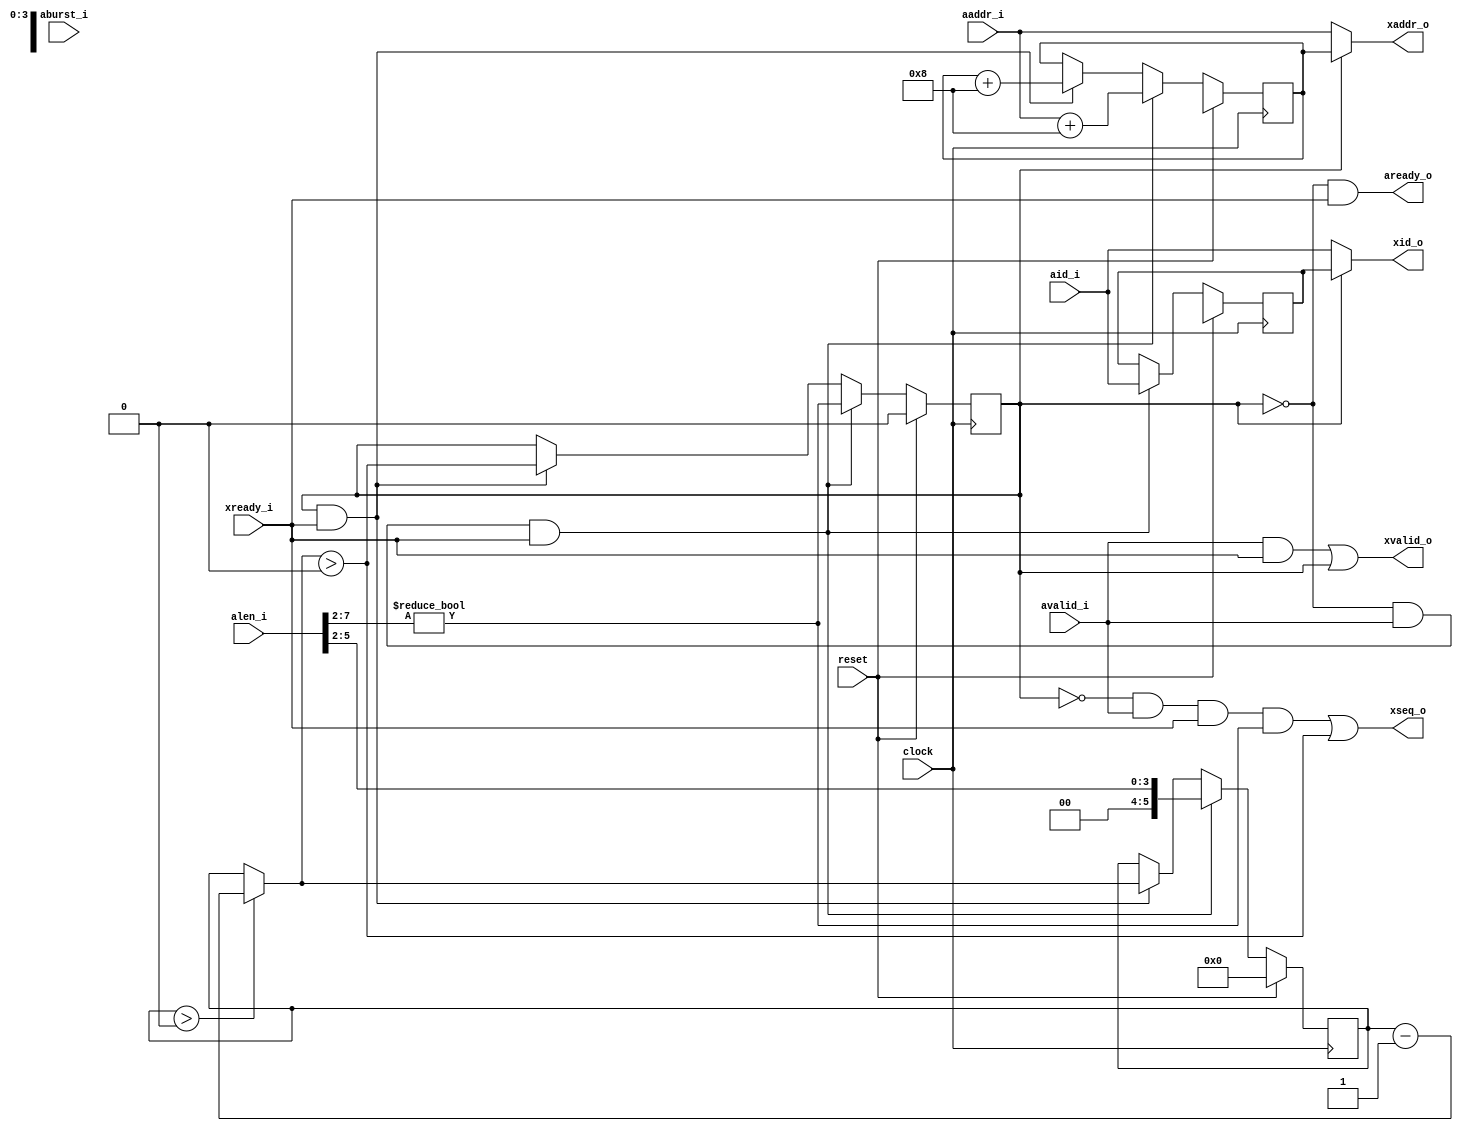
`timescale 1ns / 100ps
module axi_chunks (
    clock,
    reset,

    avalid_i,
    aready_o,
    alen_i,
    aburst_i,
    aid_i,
    aaddr_i,

    xvalid_o,
    xready_i,
    xseq_o,
    xid_o,
    xaddr_o
);

  parameter ADDRS = 32;
  parameter ASB = ADDRS - 1;

  // The ratio of AXI bus-width to the bus-width of the chunks determines the
  // amount to increment the address, for each chunk.
  parameter AXI_WIDTH = 32;
  parameter OUT_WIDTH = 16;

  parameter CHUNK = 2;
  localparam CSB = 7 - CHUNK;
  localparam CHUNK_SIZE = 1 << (2 + $clog2(AXI_WIDTH) - $clog2(OUT_WIDTH));

  parameter REQID = 4;
  localparam ISB = REQID - 1;


  input clock;
  input reset;

  input avalid_i;
  output aready_o;
  input [7:0] alen_i;
  input [1:0] aburst_i;
  input [ISB:0] aid_i;
  input [ASB:0] aaddr_i;

  output xvalid_o;
  input xready_i;
  output xseq_o;
  output [ISB:0] xid_o;
  output [ASB:0] xaddr_o;


  reg busy_q;
  reg [ISB:0] trid_q;
  reg [ASB:0] addr_q;
  wire busy_w, wseq_w;
  wire [ISB:0] trid_w;
  wire [ASB:0] addr_w;

  wire [CSB:0] cnext;
  reg  [CSB:0] count;


  assign aready_o = !busy_q && xready_i;

  assign xvalid_o = busy_w;
  assign xseq_o = wseq_w;
  assign xid_o = trid_w;
  assign xaddr_o = addr_w;

  assign busy_w = avalid_i & xready_i | busy_q;
  assign trid_w = busy_q ? trid_q : aid_i;
  assign addr_w = busy_q ? addr_q : aaddr_i;

  assign wseq_w = (~busy_q & avalid_i & xready_i & alen_i[7:CHUNK] != 0) | cnext > 0;
  assign cnext = count > 0 ? count - 1 : count;


  always @(posedge clock) begin
    if (reset) begin
      busy_q <= 1'b0;
      trid_q <= {REQID{1'bx}};
      addr_q <= {ADDRS{1'bx}};
      count  <= 0;
    end else if (!busy_q && avalid_i && xready_i) begin
      busy_q <= alen_i[7:CHUNK] != 0;
      trid_q <= aid_i;
      addr_q <= aaddr_i + CHUNK_SIZE;
      count  <= alen_i[CSB:CHUNK];
    end else if (busy_q && xready_i) begin
      busy_q <= cnext > 0;
      trid_q <= trid_q;
      addr_q <= addr_q + CHUNK_SIZE;
      count  <= cnext;
    end
  end


endmodule  // axi_chunks